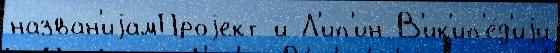
назван'иjамПроjект и Л'ип'ин В'ик'ип'е́д'иjи